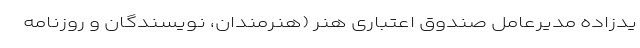
یدزاده مدیرعامل صندوق اعتباری هنر (هنرمندان، نویسندگان و روزنامه